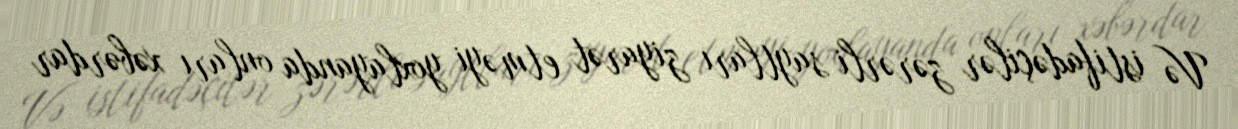
Və istifadəçilər zərərli saytları ziyarət etməyi yoxlayanda onları xəbərdar